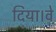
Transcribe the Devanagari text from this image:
दिया।वे